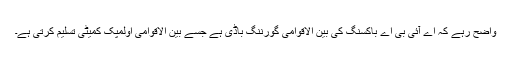
واضح رہے کہ اے آئی بی اے باکسنگ کی بین الاقوامی گورننگ باڈی ہے جسے بین الاقوامی اولمپک کمیٹی تسلیم کرتی ہے۔